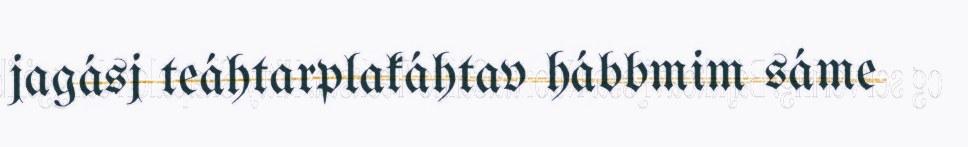
jagásj teáhtarplakáhtav hábbmim sáme